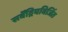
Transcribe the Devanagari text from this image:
सर्वेंद्रियविजिंत